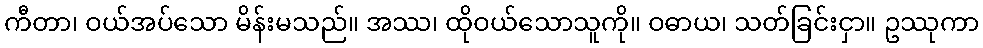
ကီတာ၊ ဝယ်အပ်သော မိန်းမသည်။ အဿ၊ ထိုဝယ်သောသူကို။ ဝဓာယ၊ သတ်ခြင်းငှာ။ ဥဿုကာ